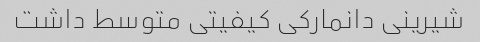
شیرینی دانمارکی کیفیتی متوسط داشت